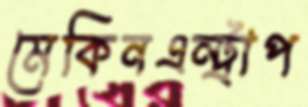
মেকিনএন্ট্রাপ